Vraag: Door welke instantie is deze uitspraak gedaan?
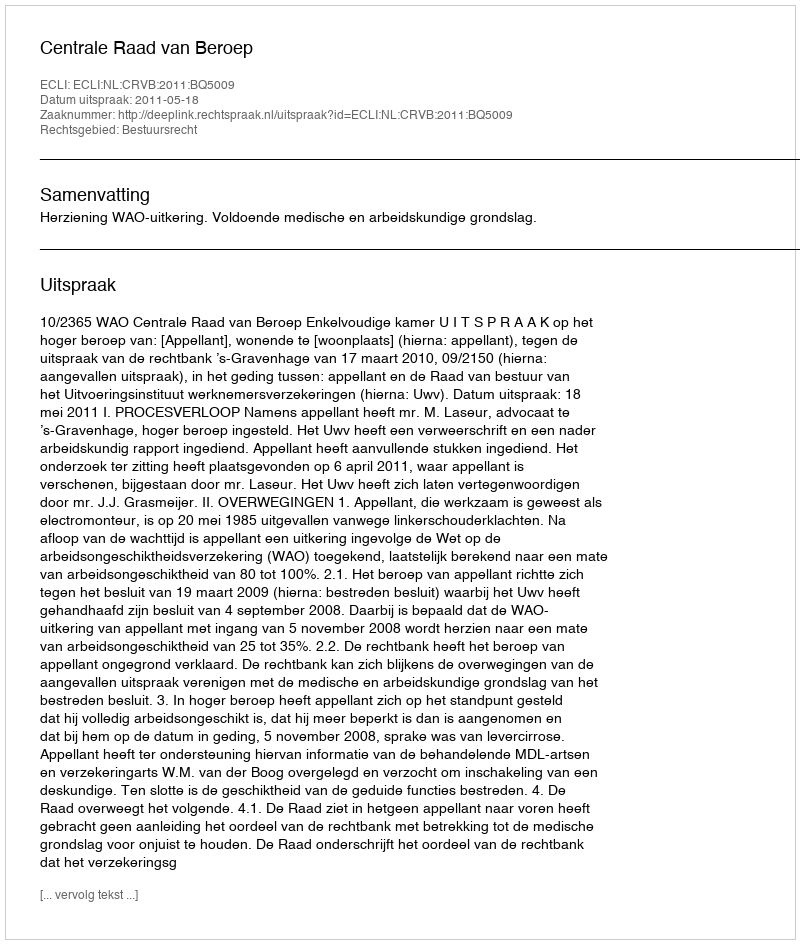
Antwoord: Centrale Raad van Beroep